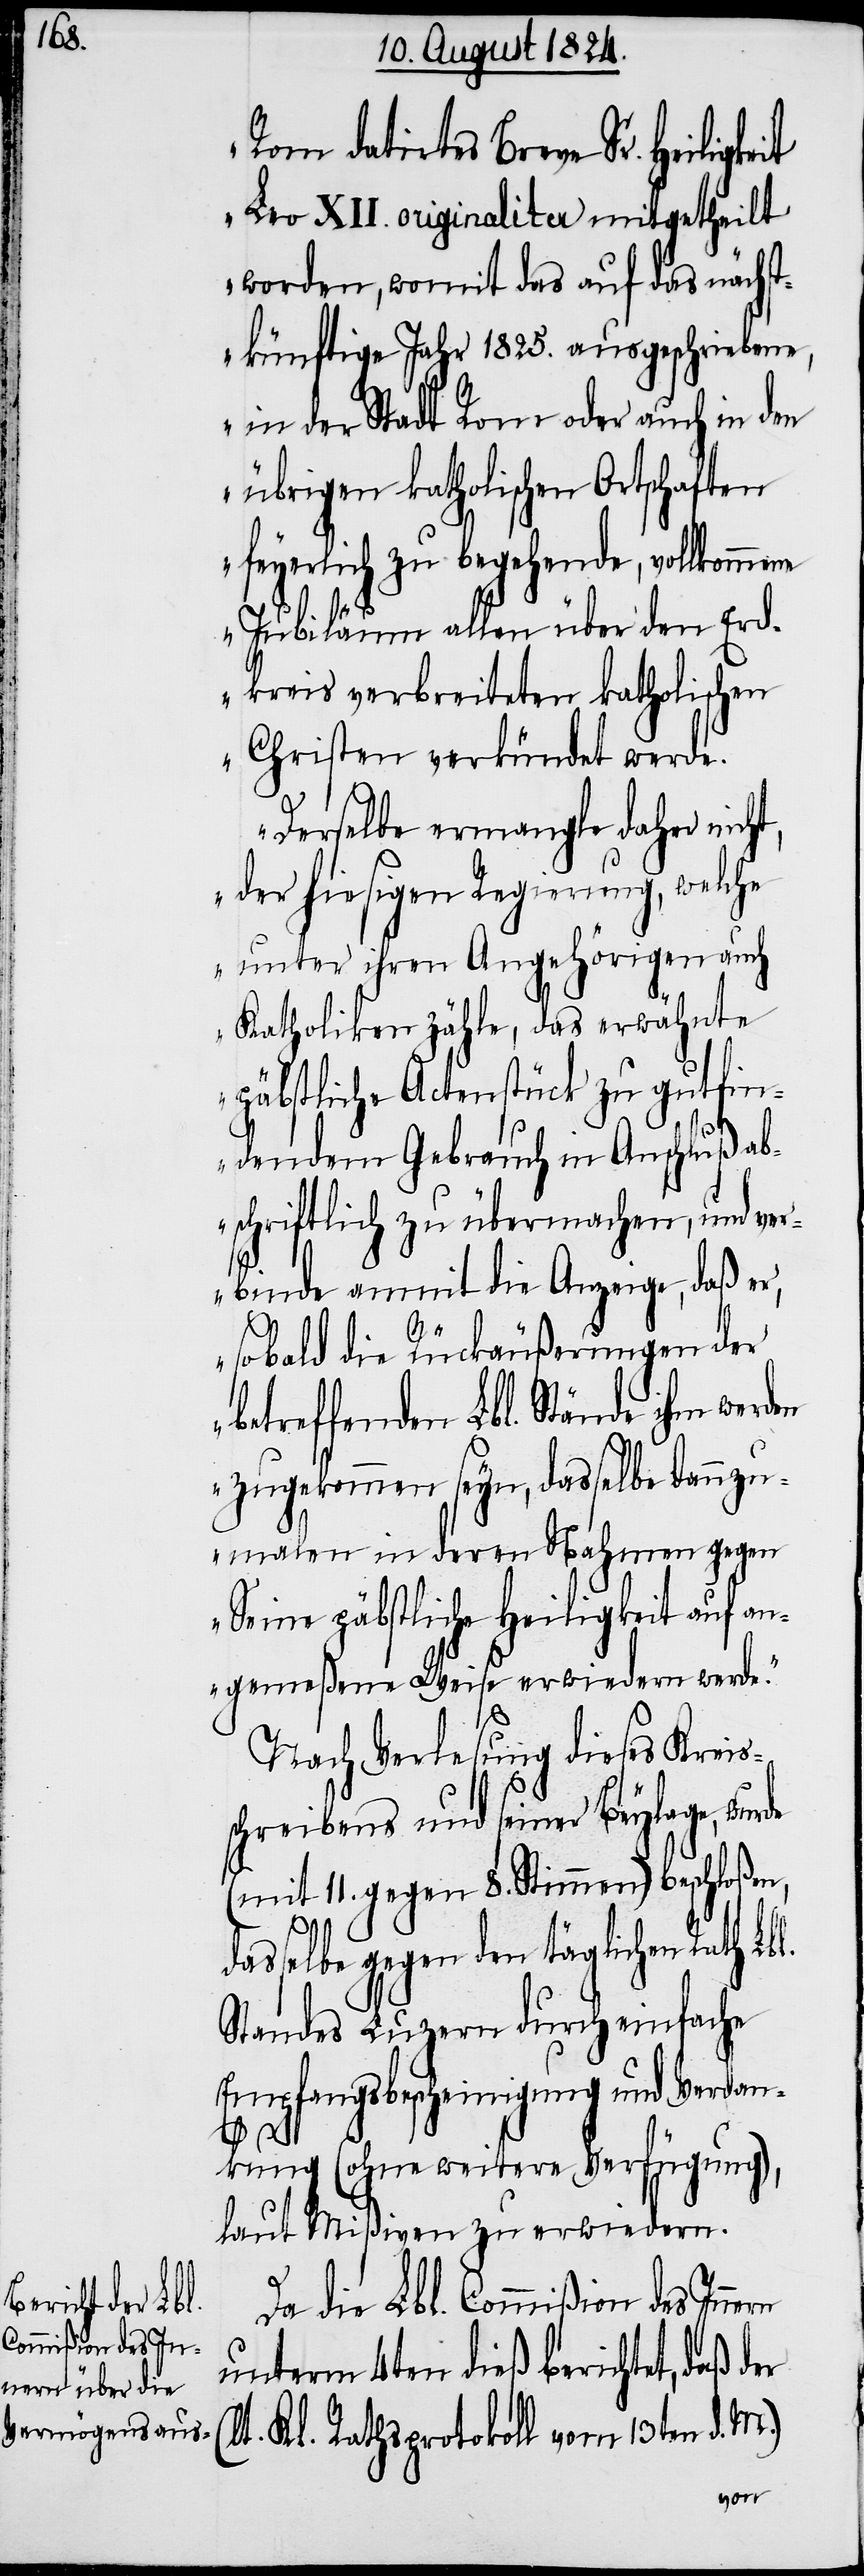
Rom datirtes Breve Sr. Heiligke¬
Leo XII. originaliter mitgetheilt
worden, womit das auf das nächst¬
künftige Jahr 1825. ausgeschriebene,
in der Stadt Rom oder auch in den
übrigen katholischen Ortschaften
feyerlich zu begehende, vollkommene
Jubiläum allen über den Erd¬
kreis verbreiteten katholischen
Christen verkündet werde.
Derselbe ermangle daher nicht,
der hiesigen Regierung, welche
unter ihren Angehörigen auch
Katholiken zähle, das erwähnte
päbstliche Actenstück in Anschlu¬
bschriftlich zu übermachen, und ver¬
binde anmit die Anzeige, daß er,
(l¬
sobald die Rückäußerungen der
etreffenden Lbl. Stände ihm werden
zugekommen seyn, dasselbe dannzu¬
malen in deren Nahmen gegen
Seine päbstliche Heiligkeit auf an¬
gemeßene Weise erwiedern werde.“
Nach Verlesung dieses Kreis¬
schreibens und seiner Beylage, wurde
(mit 11. gegen 8. Stimmen) beschloßen,
dasselbe gegen den täglichen Rath Lbl.
Standes Luzern durch einfache
Empfangsbescheinigung und Verdan¬
kung (ohne weitere Verfügung),
laut Mißiven zu erwiedern.
Da die Lbl. Commißion des Innern
unterm 4ten dieß berichtet, daß der
t. Kl. Rathsprotokoll vom 13ten d. M.)